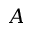
A